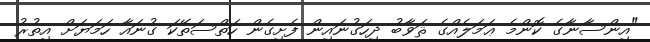
"އިންސާނާގެ ކޮންމެ ޢަމަލެއްގެ ޘަވާބު ދިހަގުނައިން ފެށިގެން ހަތްސަތޭކަ ގުނައާ ހަމަޔަށް އިތުރު